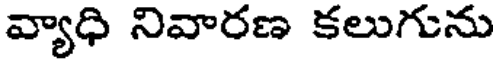
వ్యాధి నివారణ కలుగును